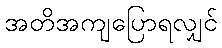
အတိအကျပြောရလျှင်